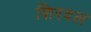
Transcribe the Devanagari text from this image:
शिरवल